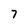
Character: 7